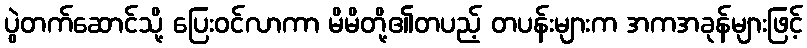
ပွဲတက်ဆောင်သို့ ပြေးဝင်လာကာ မိမိတို့၏တပည့် တပန်းများက အကအခုန်များဖြင့်